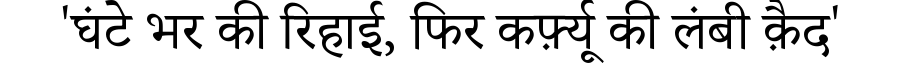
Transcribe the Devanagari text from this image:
'घंटे भर की रिहाई, फिर कर्फ़्यू की लंबी क़ैद'